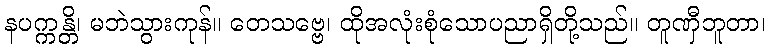
နပက္ကန္တိ၊ မဘဲသွားကုန်။ တေသဗ္ဗေ၊ ထိုအလုံးစုံသောပညာရှိတို့သည်။ တူဏှီဘူတာ၊